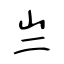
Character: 亗